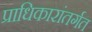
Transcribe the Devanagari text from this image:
प्राधिकारांतर्गत